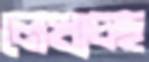
লেখাচ্ছ